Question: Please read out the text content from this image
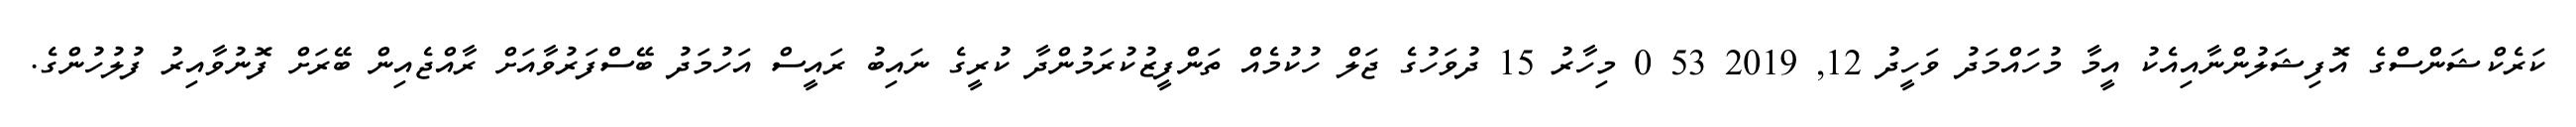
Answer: ކަރެކްޝަންސްގެ އޮފިޝަލުންނާއިއެކު އީމާ މުހައްމަދު ވަހީދު 12, 2019 53 0 މިހާރު 15 ދުވަހުގެ ޖަލް ހުކުމެއް ތަންފީޒުކުރަމުންދާ ކުރީގެ ނައިބު ރައީސް އަހުމަދު ބޭސްފަރުވާއަށް ރާއްޖެއިން ބޭރަށް ފޮނުވާއިރު ފުލުހުންގެ.